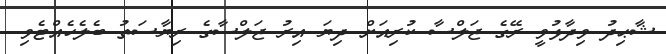
ޝާޙިދު ވިދާޅުވީ ރޭގެ ޖަލްސާ ކުރިއަށް ދިޔަ އިރު ޖަލްސާގެ ރިޔާސަތު ބެލެހެއްޓެވި